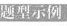
题型示例